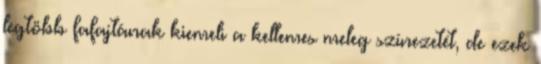
legtöbb fafajtának kiemeli a kellemes meleg színezetét, de ezek